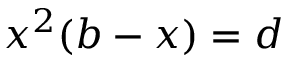
\ x ^ { 2 } ( b - x ) = d